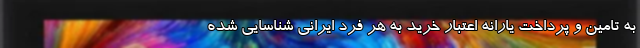
به تامین و پرداخت یارانه اعتبار خرید به هر فرد ایرانی شناسایی شده